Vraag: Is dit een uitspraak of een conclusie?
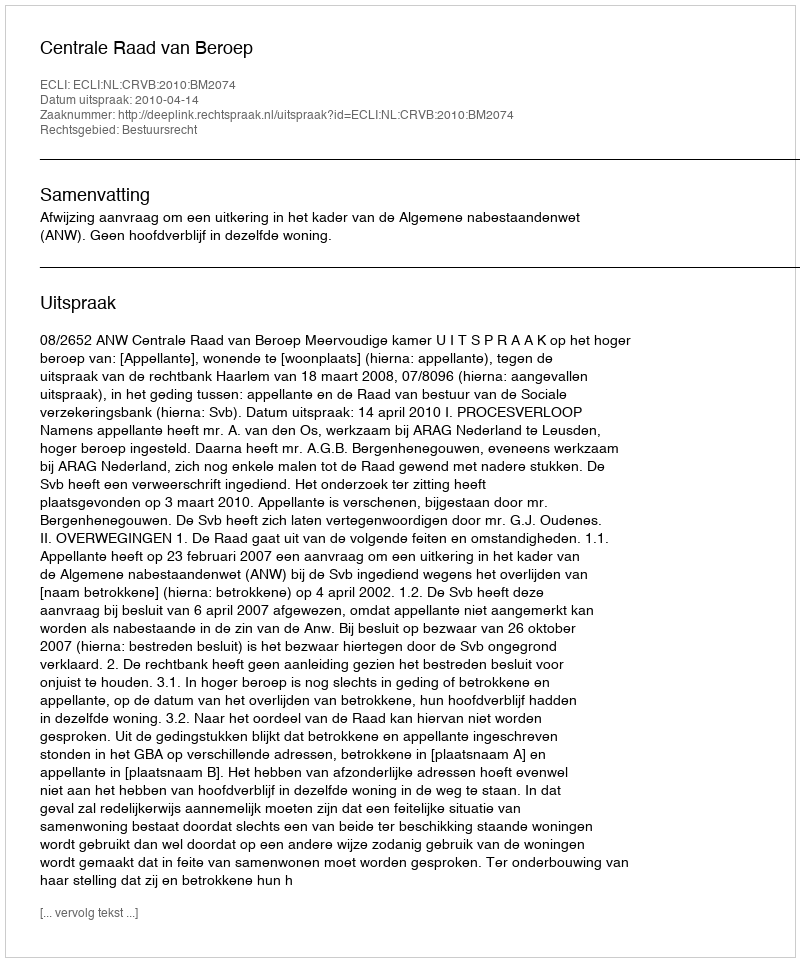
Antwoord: Uitspraak